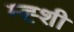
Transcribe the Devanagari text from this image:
म्ह्शी